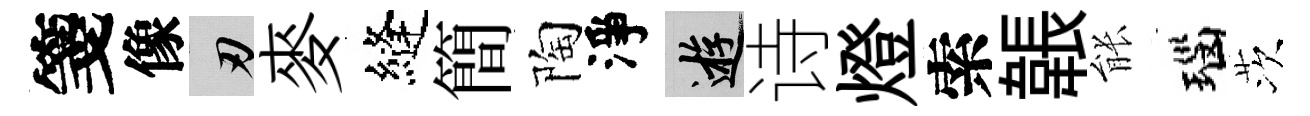
箋像刃麥縫簡陶淨游诗燈索韔䏻瑙茨